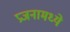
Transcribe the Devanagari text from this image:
प्रजनामध्ये